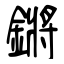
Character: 鏘